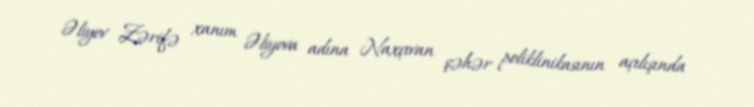
Əliyev Zərifə xanım Əliyeva adına Naxçıvan şəhər poliklinikasının açılışında